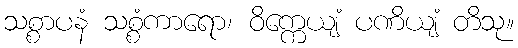
သစ္စာပနံ သစ္စံကာရော၊ ဝိက္ကေယျံ ပဏိယျံ တိသု။